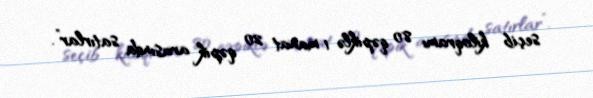
seçib kiloqramı 80 qəpiklə 1 manat 20 qəpik arasında satırlar”.